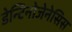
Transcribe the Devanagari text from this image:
डेन्टिनोजेनेसिस